Scientific memoirs by medical officers of the Army of India - Part X,
Year: 1897
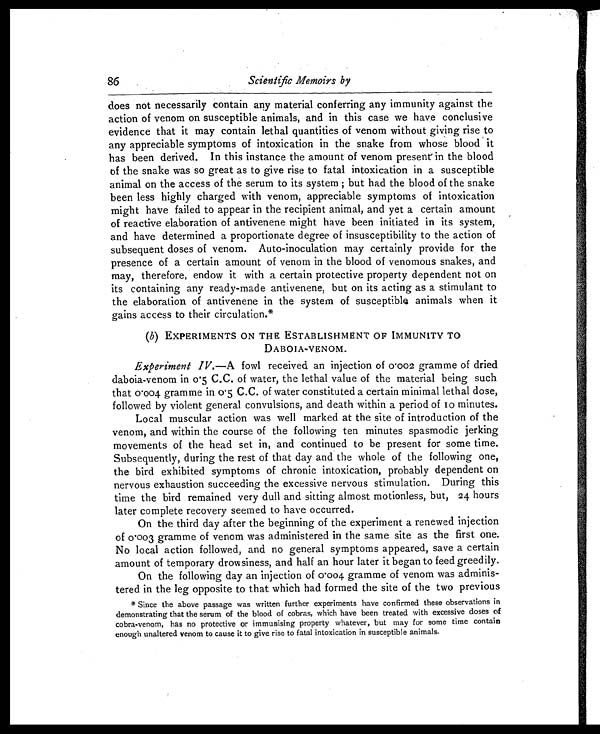
86
Scientific Memoirs by
does not necessarily contain any material conferring any immunity against the
action of venom on susceptible animals, and in this case we have conclusive
evidence that it may contain lethal quantities of venom without giving rise to
any appreciable symptoms of intoxication in the snake from whose blood it
has been derived. In this instance the amount of venom present in the blood
of the snake was so great as to give rise to fatal intoxication in a susceptible
animal on the access of the serum to its system; but had the blood of the snake
been less highly charged with venom, appreciable symptoms of intoxication
might have failed to appear in the recipient animal, and yet a certain amount
of reactive elaboration of antivenene might have been initiated in its system,
and have determined a proportionate degree of insusceptibility to the action of
subsequent doses of venom. Auto-inoculation may certainly provide for the
presence of a certain amount of venom in the blood of venomous snakes, and
may, therefore, endow it with a certain protective property dependent not on
its containing any ready-made antivenene, but on its acting as a stimulant to
the elaboration of antivenene in the system of susceptible animals when it
gains access to their circulation.*
(b) EXPERIMENTS ON THE ESTABLISHMENT OF IMMUNITY TO
DABOIA-VENOM.
Experiment IV.—A fowl received an injection of 0.002 gramme of dried
daboia-venom in 0.5 C.C. of water, the lethal value of the material being such
that 0.004 gramme in 0.5 C.C. of water constituted a certain minimal lethal dose,
followed by violent general convulsions, and death within a period of 10 minutes.
Local muscular action was well marked at the site of introduction of the
venom, and within the course of the following ten minutes spasmodic jerking
movements of the head set in, and continued to be present for some time.
Subsequently, during the rest of that day and the whole of the following one,
the bird exhibited symptoms of chronic intoxication, probably dependent on
nervous exhaustion succeeding the excessive nervous stimulation. During this
time the bird remained very dull and sitting almost motionless, but, 24 hours
later complete recovery seemed to have occurred.
On the third day after the beginning of the experiment a renewed injection
of 0.003 gramme of venom was administered in the same site as the first one.
No local action followed, and no general symptoms appeared, save a certain
amount of temporary drowsiness, and half an hour later it began to feed greedily.
On the following day an injection of 0.004 gramme of venom was adminis-
tered in the leg opposite to that which had formed the site of the two previous
* Since the above passage was written further experiments have confirmed these observations in
demonstrating that the serum of the blood of cobras, which have been treated with excessive doses of
cobra-venom, has no protective or immunising property whatever, but may for some time contain
enough unaltered venom to cause it to give rise to fatal intoxication in susceptible animals.